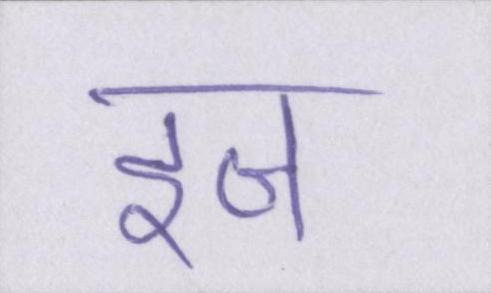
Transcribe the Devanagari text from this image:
इज